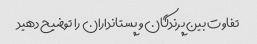
تفاوت بین پرندگان و پستانداران را توضیح دهید